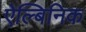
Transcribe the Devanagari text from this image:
ऐल्बिनिक